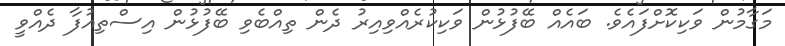
މަގާމުން ވަކިކޮށްފައެވެ. ބައެއް ބޭފުޅުން ވަކިކުރެއްވިއިރު ދެން ތިއްބެވި ބޭފުޅުން އިސްތިއުފާ ދެއްވީ